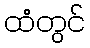
ထံတွင်